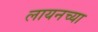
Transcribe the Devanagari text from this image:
लायनच्या